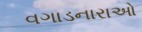
વગાડનારાઓ